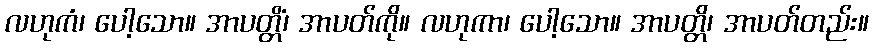
လဟုကံ၊ ပေါ့သော။ အာပတ္တိံ၊ အာပတ်ကို။ လဟုကာ၊ ပေါ့သော။ အာပတ္တိ၊ အာပတ်တည်း။